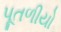
પૂતળીયો